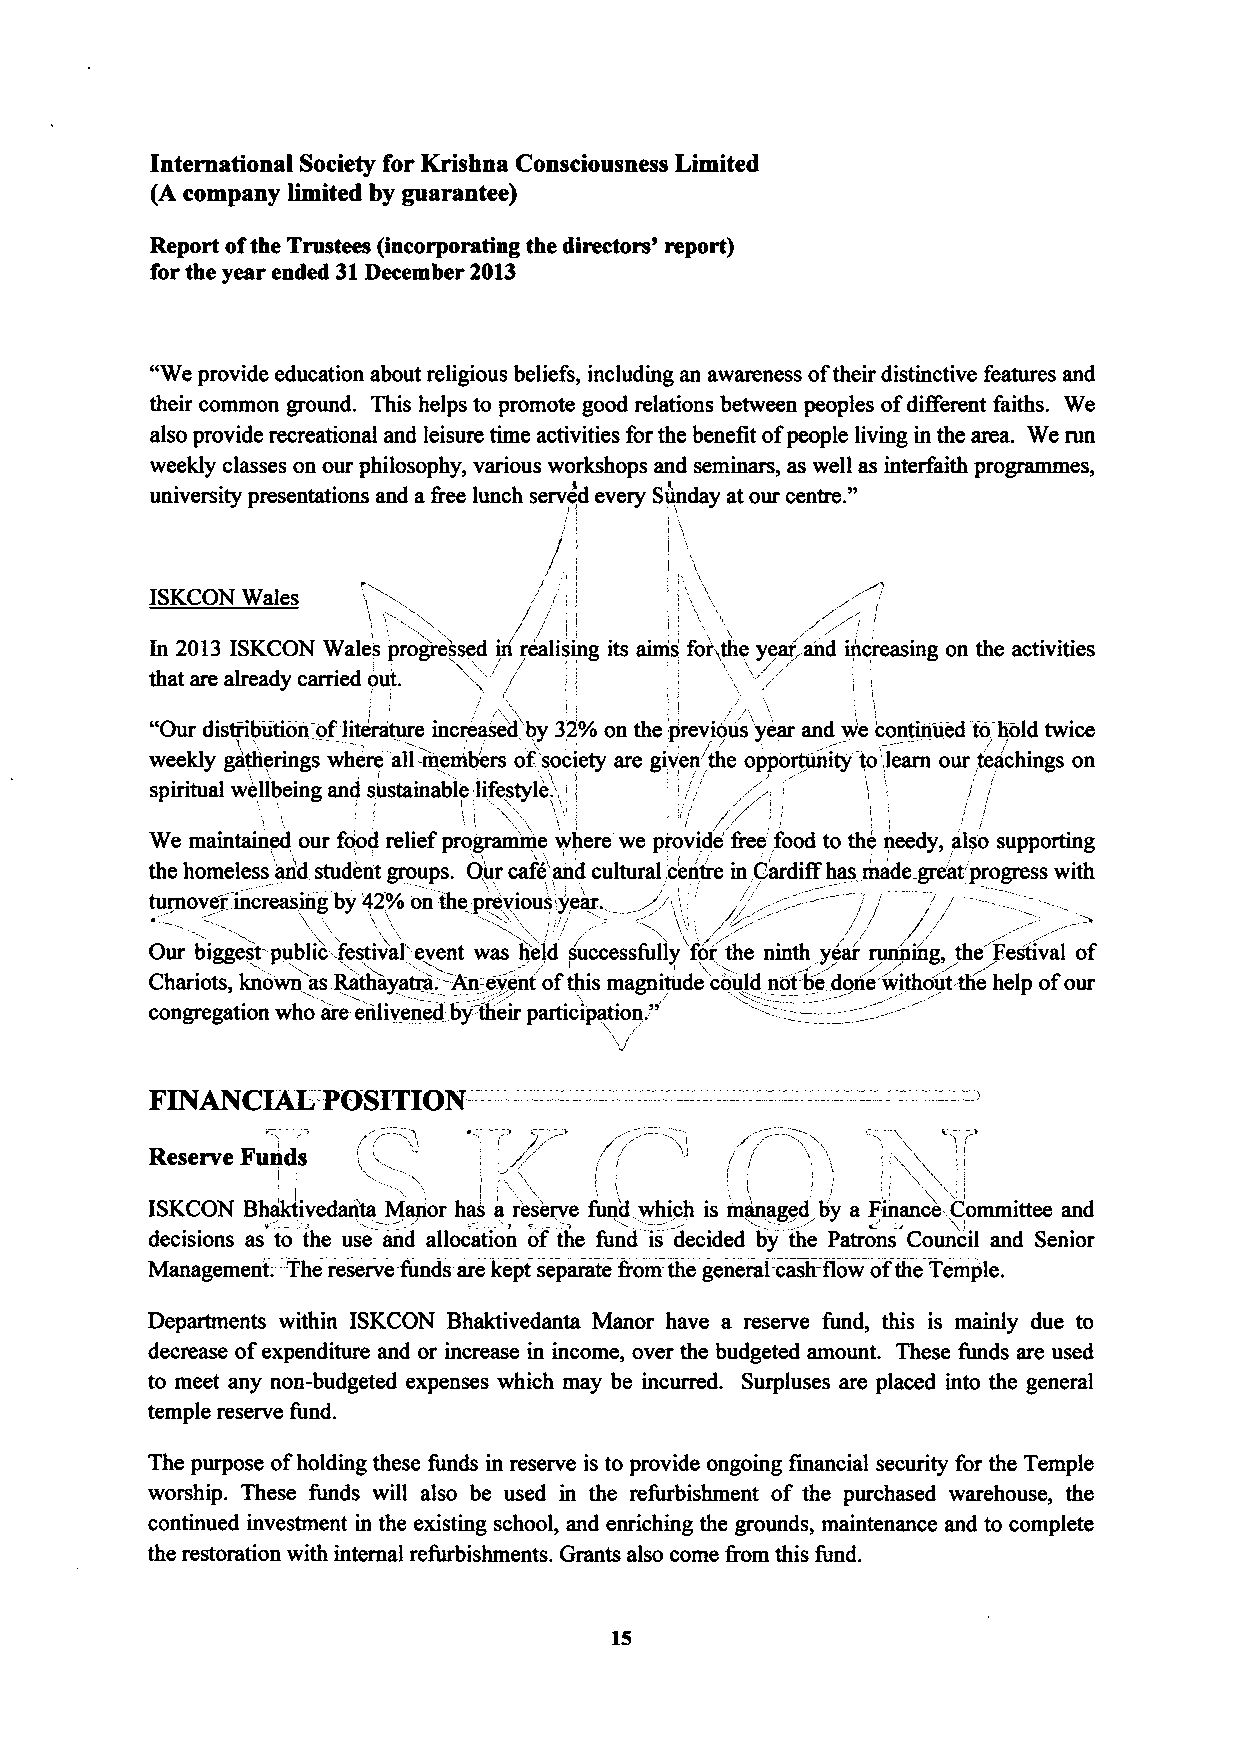
International Society for Krishna Consciousness Limited
 (A company limited by guarantee)
 Report ofthe Trustees (incorporating the directors' report)
 for the year ended 31December 2013
 "
 We provide education about religious beliefs, including an awareness oftheir distinctive features and
 their common ground. This helps to promote good relations between peoples ofdifferent faiths. We
 also provide recreational and leisure time activities for the benefit ofpeople living in the area. We run
 weekly classes on our philosophy, various workshops and seminars, as well as interfaith programmes,
 "
 university presentations and a &ee lunch served every Sunday at our centre.
 / /,
 /
 In 2013 ISKCON Wales progre'sgsed in realising its aims for&the year~and increasing on the activities
 r /
 that are already carried oot.
 ~   t
 "Our distributioii ofliterature increased 'by 32%on the,prev/io'us year an .d w'e continued to //'hold twice
 weekly gatherings where all-member/s of,'society are given the oppo', rtunity to',t; learn our,teachings on
 spiritual wellbeing and sustainable lifestyle.'L
 I
 ~
 /
 We maintained our food relief programme where we provide' &ee' food to the needy, als'o supporting
 the homeless and student groups. Our cafe and cultural. c'entre in,Cardiff has made gre'at'progress with
 . ij,    ' ~:--~=/
 turnover increasing by 42%on-the previous Iyear. ' ''
 Our biggest-public-festival'event was held successfully for' the ninth year running, the Festival of
 Chariots known as~thayatra. =An-event ofthis magnitude 'could not be. .done without-the help ofour
 '
 congregation who are enlivened by:their participation
 FINANCIAL:POSITION-
 ISKCON Bhaktivedarita Manor has a reserve fund which is managed by a Finance Committee and
 decisions as to the use and allocation of the fund is decided by the Patrons Council and Senior
 Management-. —The reserve funds are kept separate &om-the general cash-flow ofthe Temple.
 Departments within ISKCON Bhaktivedanta Manor have a reserve fund, this is mainly due to
 decrease ofexpenditure and or increase in income, over the budgeted amount. These funds are used
 to meet any non-budgeted expenses which may be incurred. Surpluses are placed into the general
 temple reserve fund.
 The purpose ofholding these funds in reserve is to provide ongoing financial security for the Temple
 worship. These funds will also be used in the refurbishment of the purchased warehouse, the
 continued investment in the existing school, and enriching the grounds, maintenance and to complete
 the restoration with internal refurbishments. Grants also come &om this fund.
 15